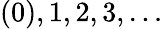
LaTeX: (0),1,2,3,\ldots